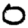
Digit: 0